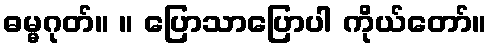
ဓမ္မဂုတ်။ ။ ပြောသာပြောပါ ကိုယ်တော်။